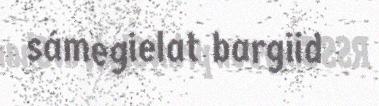
sámegielat bargiid